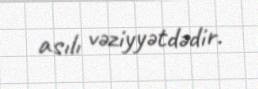
asılı vəziyyətdədir.